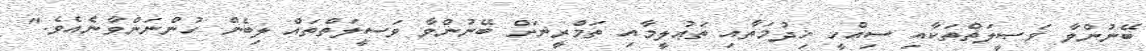
ބޭނުންވާ ވަޞީލަތްތަކާއި ސިއްހީ ޚިދުމަތާއި ތަޢުލީމާއި ތަމްރީނަށް ބޭނުންވާ ވަސީލަތްތައް ލިބެން ހުންނަންވާނެއެވެ."